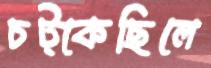
চট্‌কেছিলে